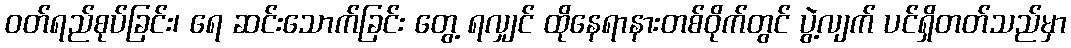
ဝတ်ရည်စုပ်ခြင်း၊ ရေ ဆင်းသောက်ခြင်း တွေ့ ရလျှင် ထိုနေရာနားတစ်ဝိုက်တွင် ပွဲ့လျက် ပင်ရှိတတ်သည်မှာ